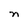
Character: n